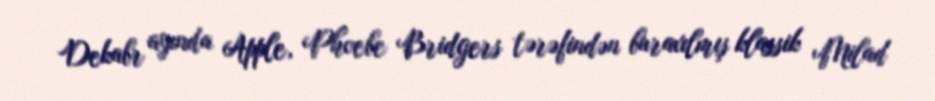
Dekabr ayında Apple, Phoebe Bridgers tərəfindən buraxılmış klassik Milad